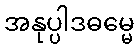
အနုပ္ပါဒဓမ္မေ